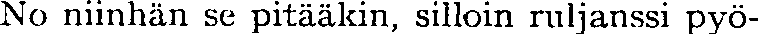
No niinhän se pitääkin, silloin ruljanssi pyö-